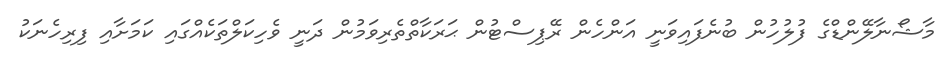
މާޝޯނާލޭންޑްގެ ފުލުހުން ބުނެފައިވަނީ އަންހެން ރޭޕިސްޓުން ޙަރަކާތްތެރިވަމުން ދަނީ ވެހިކަލްތަކެއްގައި ކަމަށާއި ފިރިހެނަކު